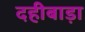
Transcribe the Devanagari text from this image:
दहीबाड़ा